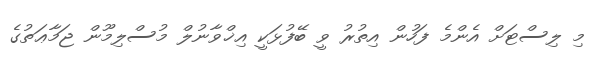
މި ލިސްޓަށް އެންމެ ފަހުން އިތުރު ވީ ބޭފުޅަކީ އިޚްވާނުލް މުސްލިމޫން ޖަމާޢަތުގެ